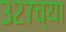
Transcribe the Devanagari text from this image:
३२७च्या